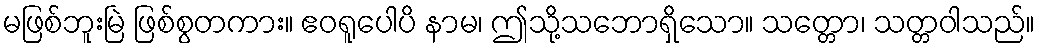
မဖြစ်ဘူးမြဲ ဖြစ်စွတကား။ ဧဝရူပေါပိ နာမ၊ ဤသို့သဘောရှိသော။ သတ္တော၊ သတ္တဝါသည်။